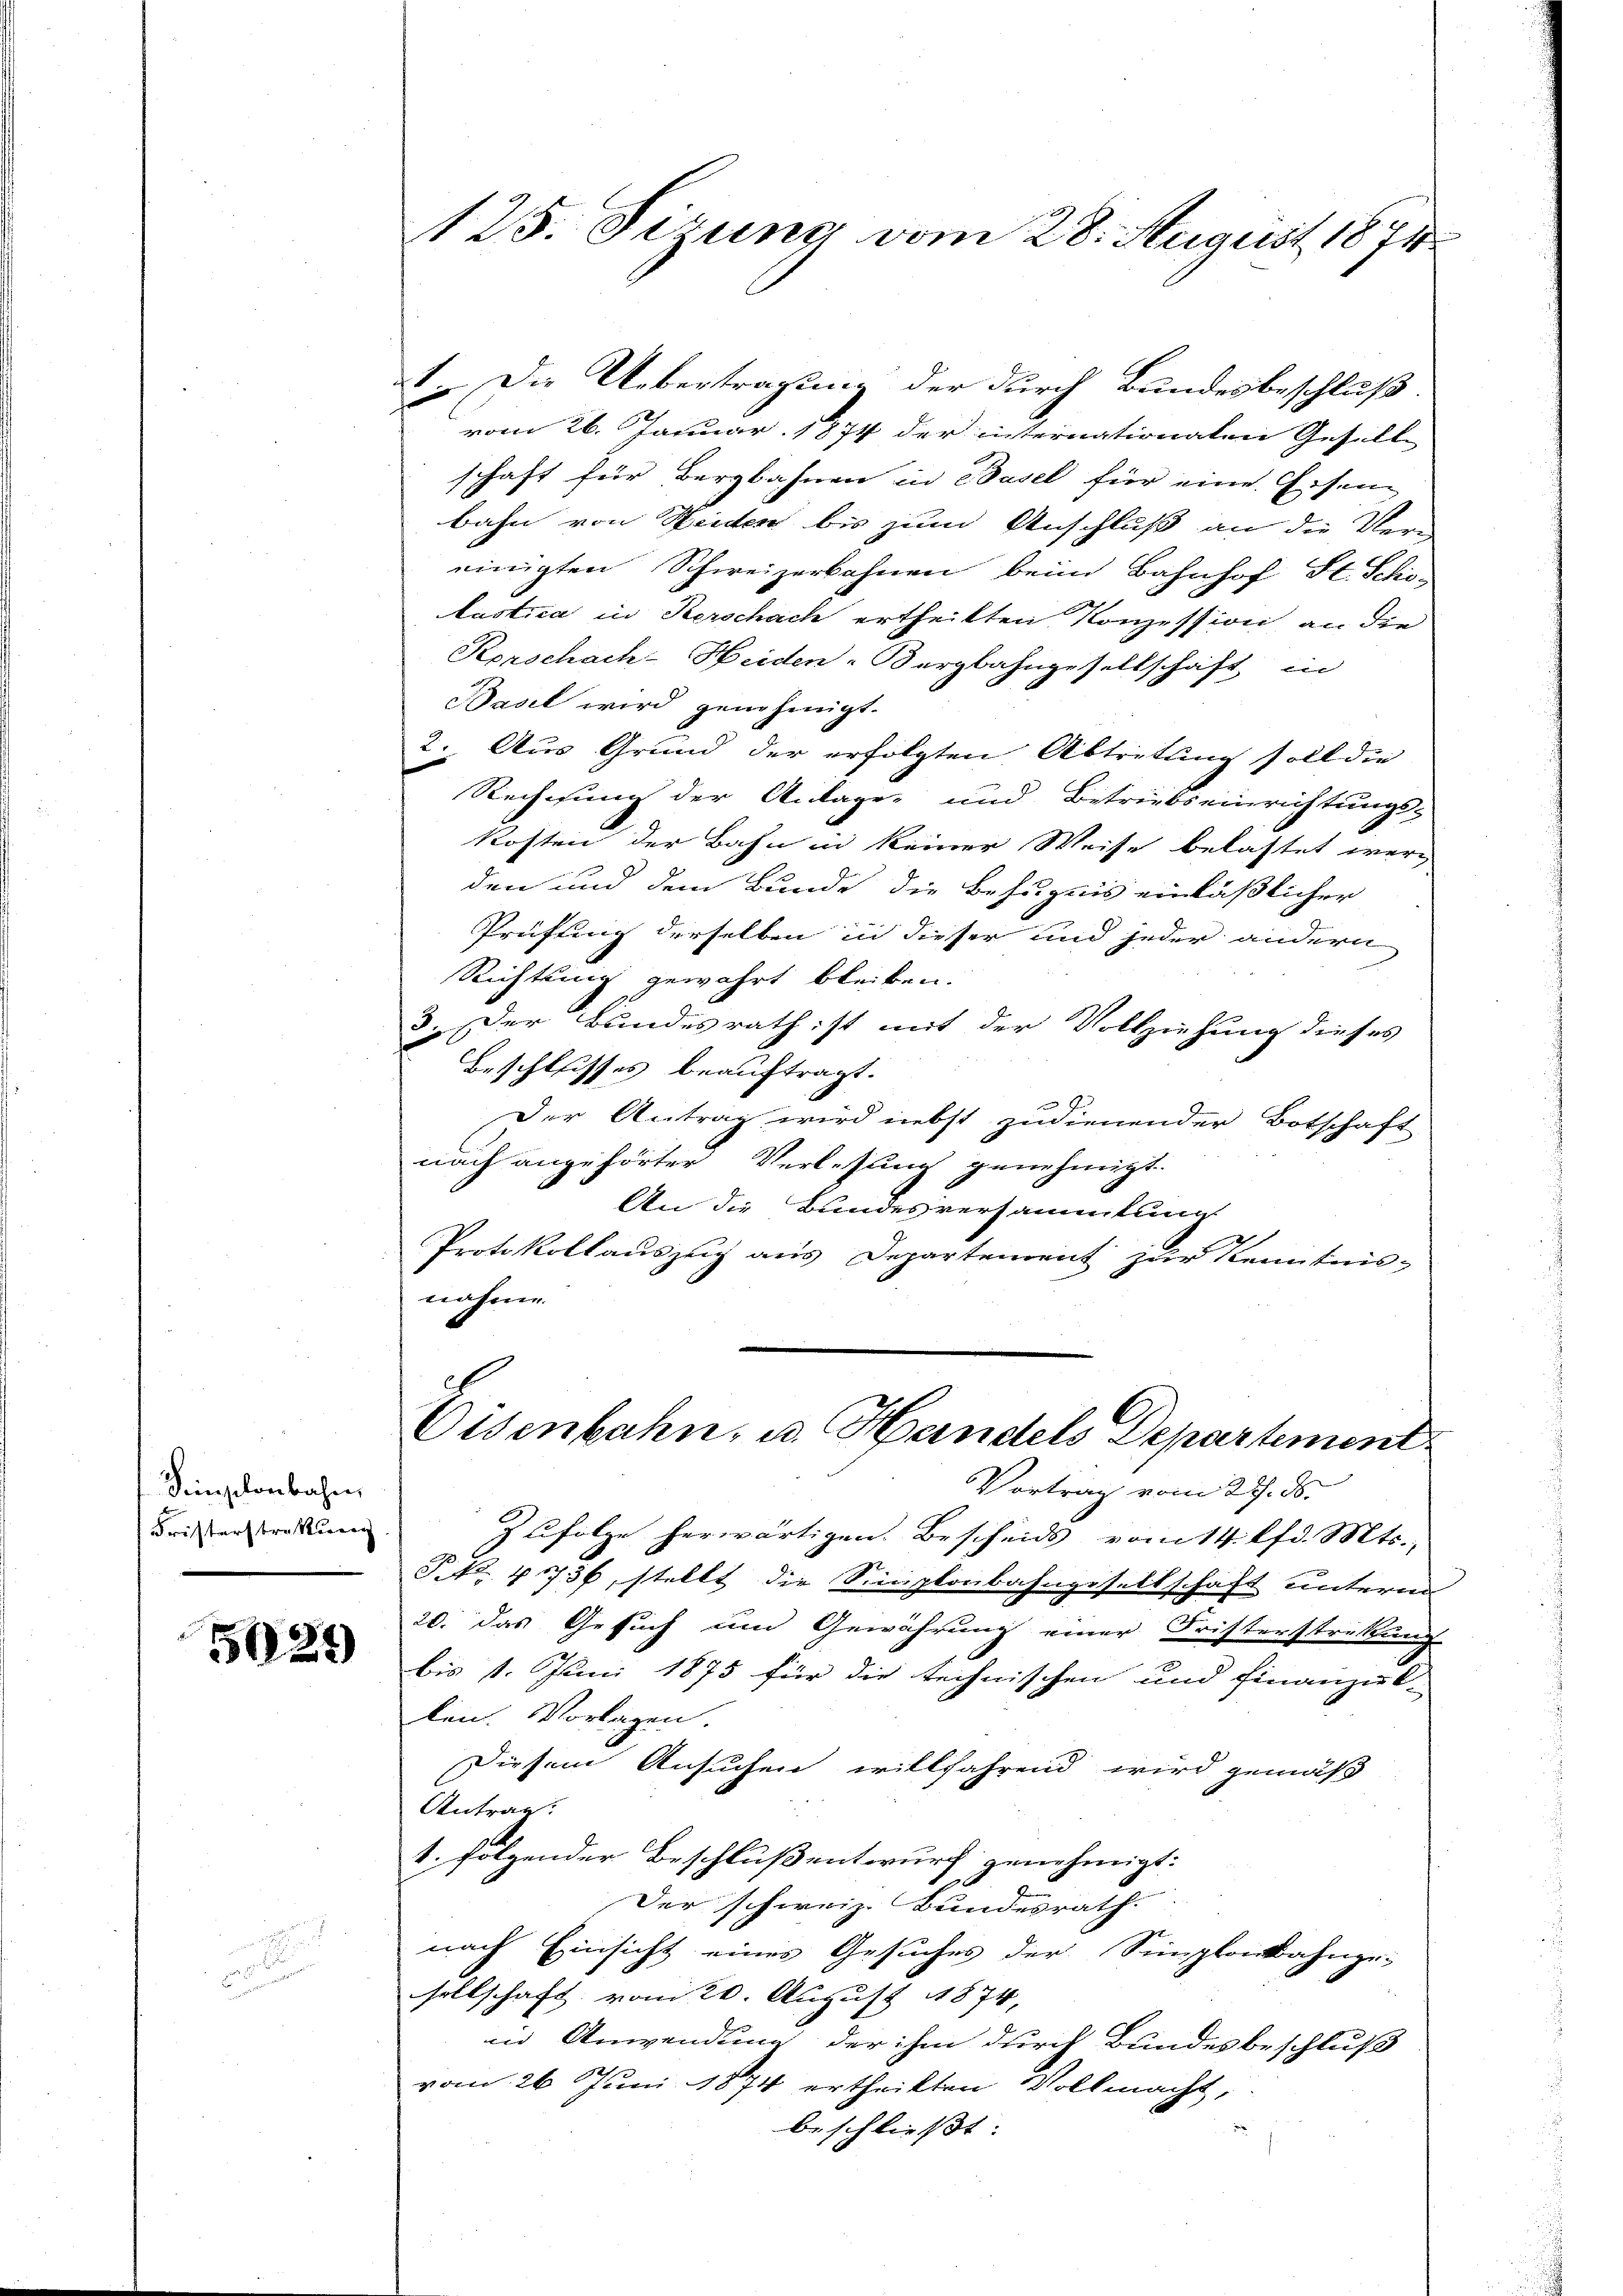
Simplonbahn
Fristerstreckung

5024)

125. Sizung vom 28. August 1871

1. Die Uebertragung der durch Bundesbeschluß
vom 26. Januar 1874 der internationalen Gesell
schaft für Bergbahnen in Basel für eine Eisen
bahn von Seiden bis zum Anschluß an die Vereinigten Schweizerbahnen beim Bahnhof St. Schölustica in Herschach ertheilten Konzession an die
Korschach-Heiden-Bergbahngesellschaft in
Basel wird genehmigt.
2. Aus Grund der erfolgten Abtretung soll die
Rechnung der Anlage und Betriebseinrichtungs-
Kosten der Bahn in keiner Weise belastet werd
den und dem Bunde die Befugnis einläßlicher
Prüfung derselben in dieser und jeder andern
Richtung gewährt bleiben.
3. Der Bundesrath ist mit der Vollziehung dieses
Beschlusses beauftragt.
2
Der Antrag wird nebst zudienender Botschaft
nach angehörter Verlesung genehmigt.
An die Bundesversammlung
Protokollauszeig aus Departement zur Kenntnisnahme.

Eisenbahn, u. Handels Departement
Vortrag vom 27. ds.

Zufolge herwärtigen. Bescheids vom 14. lfd. Mts.,
Frk. 41736, stellt die Simplonbahngesellschaft untern
20. das Gesuch um Gewährung einer Fristerstrikung
bis 1. Juni 1875 für die technischen und Finanzel-
len. Vorlagen.
Diesem Ansuchen willfahrend wird gemäß
Antrag.
1. folgender Beschluß entwurf genehmigt:
2
Der schweiz. Bundesrath
nach Einsicht eines Gesuches der Simplonkahnge:
sellschaft vom 20. August 1874,
in Anwendung der ihm durch Bundesbeschluß
vom 26 Juni 1874 ertheilten Vollmacht,
beschließt: